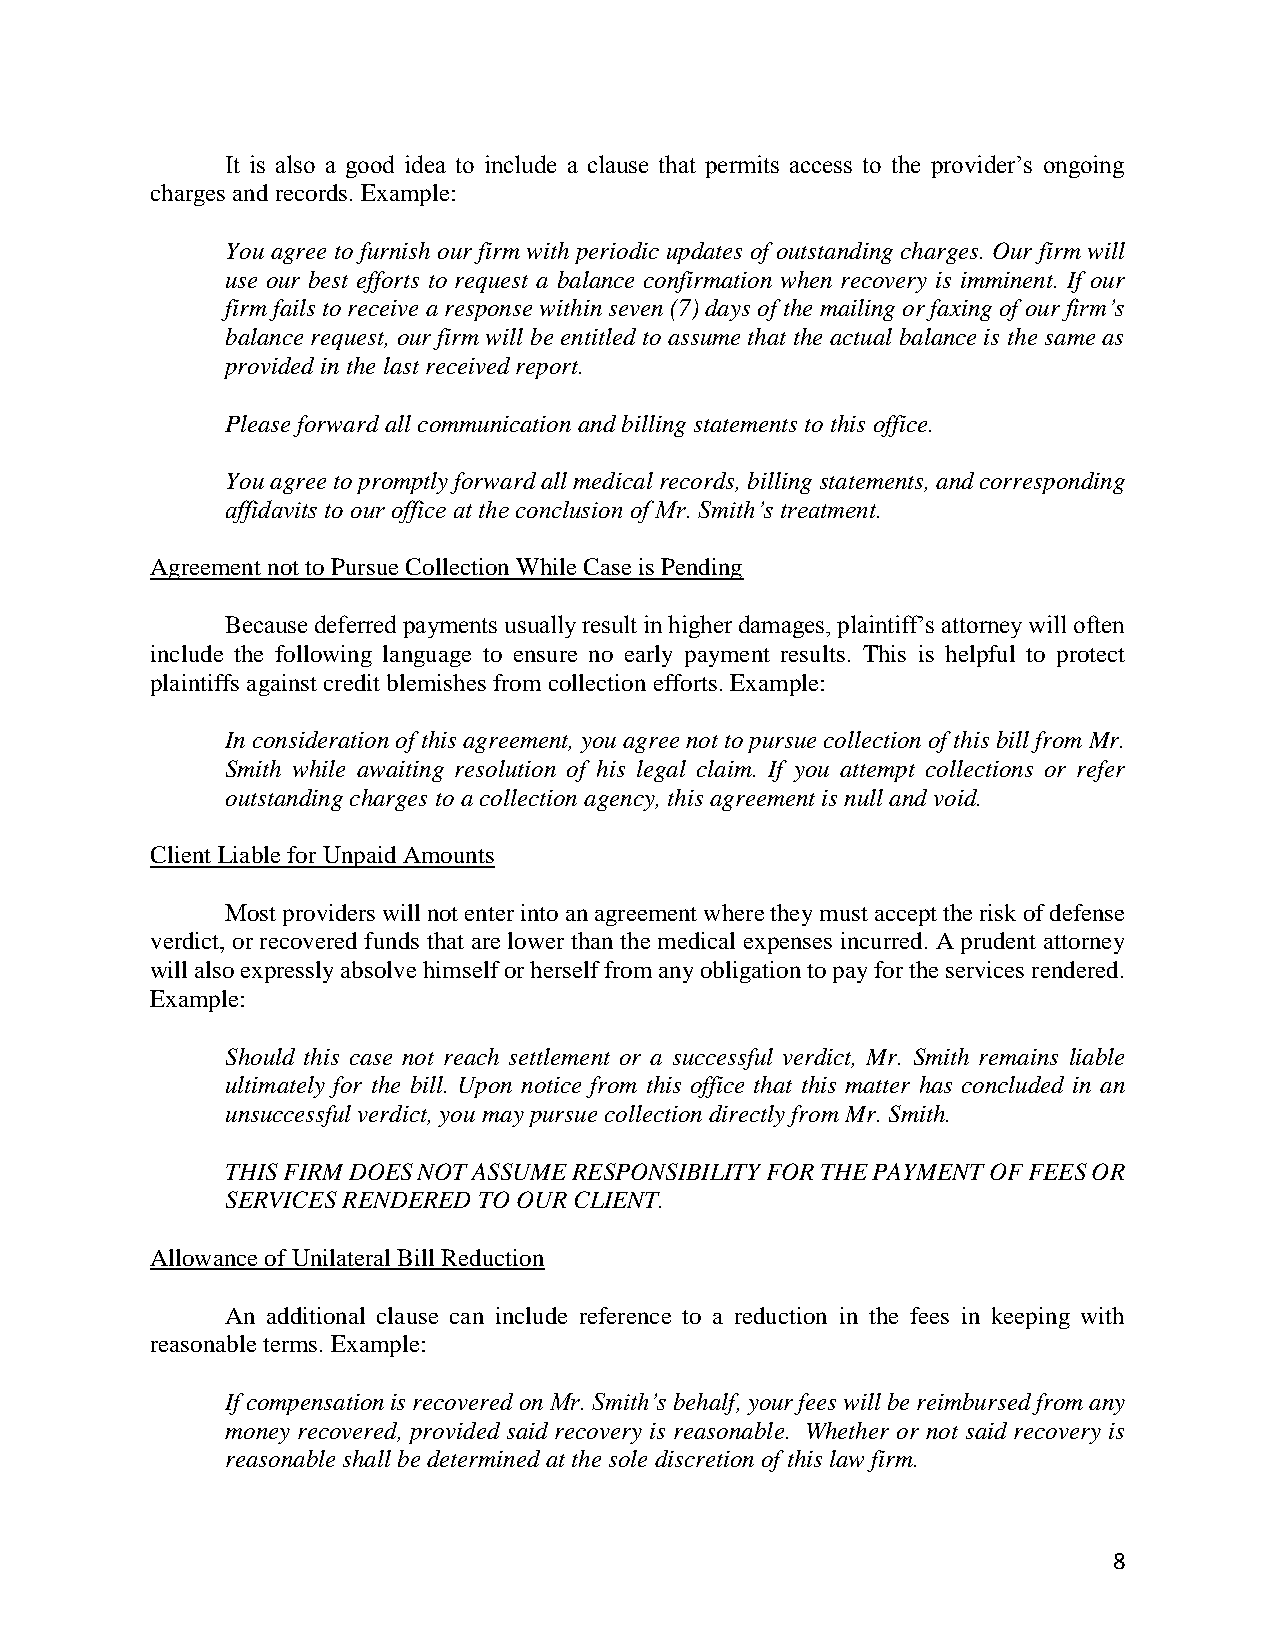
It is also a good idea to include a clause that permits access to the provider’s ongoing
 charges and records. Example:
 You agree to furnish our firm with periodic updates of outstanding charges. Our firm will
 use our best efforts to request a balance confirmation when recovery is imminent. If our
 firm fails to receive a response within seven (7) days of the mailing or faxing of our firm’s
 balance request, our firm will be entitled to assume that the actual balance is the same as
 provided in the last received report.
 Please forward all communication and billing statements to this office.
 You agree to promptly forward all medical records, billing statements, and corresponding
 affidavits to our office at the conclusion of Mr. Smith’s treatment.
 Agreement not to Pursue Collection While Case is Pending
 Because deferred payments usually result in higher damages, plaintiff’s attorney will often
 include the following language to ensure no early payment results. This is helpful to protect
 plaintiffs against credit blemishes from collection efforts. Example:
 In consideration of this agreement, you agree not to pursue collection of this bill from Mr.
 Smith while awaiting resolution of his legal claim. If you attempt collections or refer
 outstanding charges to a collection agency, this agreement is null and void.
 Client Liable for Unpaid Amounts
 Most providers will not enter into an agreement where they must accept the risk of defense
 verdict, or recovered funds that are lower than the medical expenses incurred. A prudent attorney
 will also expressly absolve himself or herself from any obligation to pay for the services rendered.
 Example:
 Should this case not reach settlement or a successful verdict, Mr. Smith remains liable
 ultimately for the bill. Upon notice from this office that this matter has concluded in an
 unsuccessful verdict, you may pursue collection directly from Mr. Smith.
 THIS FIRM DOES NOT ASSUME RESPONSIBILITY FOR THE PAYMENT OF FEES OR
 SERVICES RENDERED TO OUR CLIENT.
 Allowance of Unilateral Bill Reduction
 An additional clause can include reference to a reduction in the fees in keeping with
 reasonable terms. Example:
 If compensation is recovered on Mr. Smith’s behalf, your fees will be reimbursed from any
 money recovered, provided said recovery is reasonable. Whether or not said recovery is
 reasonable shall be determined at the sole discretion of this law firm.
 8